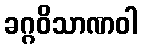
ခဂ္ဂဝိသာဏဝါ